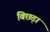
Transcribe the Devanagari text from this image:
बिछड़ा